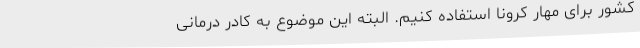
کشور برای مهار کرونا استفاده کنیم. البته این موضوع به کادر درمانی